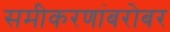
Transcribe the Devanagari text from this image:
समीकरणांबरोबर